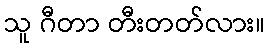
သူ ဂီတာ တီးတတ်လား။